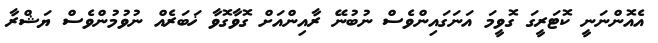
އެއޮންނަނީ ކޮޓަރީގަ ގޮވީމަ އަނަގައިންވެސް ނުބުނޭ ރާއިންއަށް ގޮވާގޮވާ ޚަބަރެއް ނުވުމުންވެސް ޔަޝްރާ